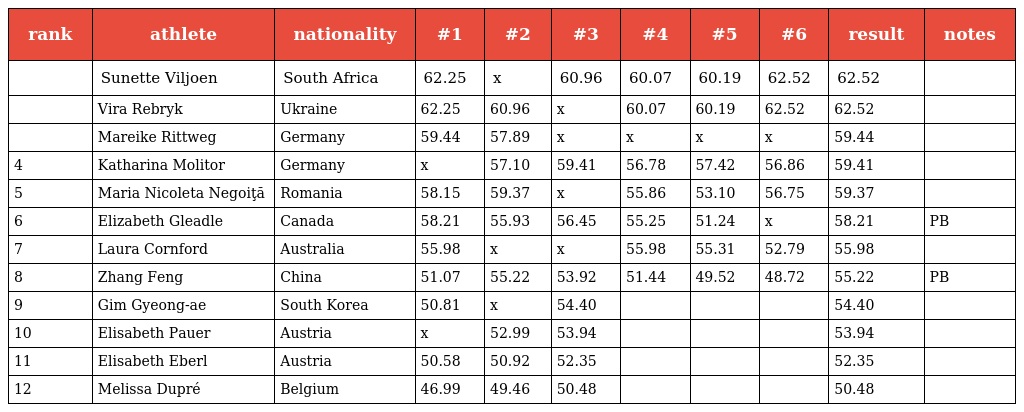
| rank | athlete | nationality | #1 | #2 | #3 | #4 | #5 | #6 | result | notes |
 | --- | --- | --- | --- | --- | --- | --- | --- | --- | --- | --- |
 |  | Sunette Viljoen | South Africa | 62.25 | x | 60.96 | 60.07 | 60.19 | 62.52 | 62.52 |  |
 |  | Vira Rebryk | Ukraine | 62.25 | 60.96 | x | 60.07 | 60.19 | 62.52 | 62.52 |  |
 |  | Mareike Rittweg | Germany | 59.44 | 57.89 | x | x | x | x | 59.44 |  |
 | 4 | Katharina Molitor | Germany | x | 57.10 | 59.41 | 56.78 | 57.42 | 56.86 | 59.41 |  |
 | 5 | Maria Nicoleta Negoiţă | Romania | 58.15 | 59.37 | x | 55.86 | 53.10 | 56.75 | 59.37 |  |
 | 6 | Elizabeth Gleadle | Canada | 58.21 | 55.93 | 56.45 | 55.25 | 51.24 | x | 58.21 | PB |
 | 7 | Laura Cornford | Australia | 55.98 | x | x | 55.98 | 55.31 | 52.79 | 55.98 |  |
 | 8 | Zhang Feng | China | 51.07 | 55.22 | 53.92 | 51.44 | 49.52 | 48.72 | 55.22 | PB |
 | 9 | Gim Gyeong-ae | South Korea | 50.81 | x | 54.40 |  |  |  | 54.40 |  |
 | 10 | Elisabeth Pauer | Austria | x | 52.99 | 53.94 |  |  |  | 53.94 |  |
 | 11 | Elisabeth Eberl | Austria | 50.58 | 50.92 | 52.35 |  |  |  | 52.35 |  |
 | 12 | Melissa Dupré | Belgium | 46.99 | 49.46 | 50.48 |  |  |  | 50.48 |  |